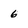
Character: 6